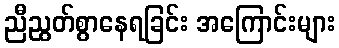
ညီညွတ်စွာနေရခြင်း အကြောင်းများ